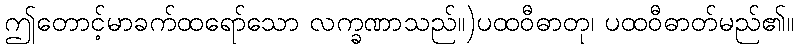
ဤတောင့်မာခက်ထရော်သော လက္ခဏာသည်။)ပထဝီဓာတု၊ ပထဝီဓာတ်မည်၏။